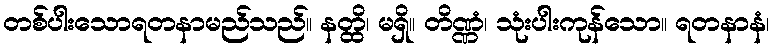
တစ်ပါးသောရတနာမည်သည်။ နတ္ထိ၊ မရှိ။ တိဏ္ဏံ၊ သုံးပါးကုန်သော။ ရတနာနံ၊